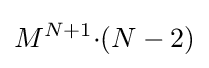
M^{N+1}{\cdot }(N-2)